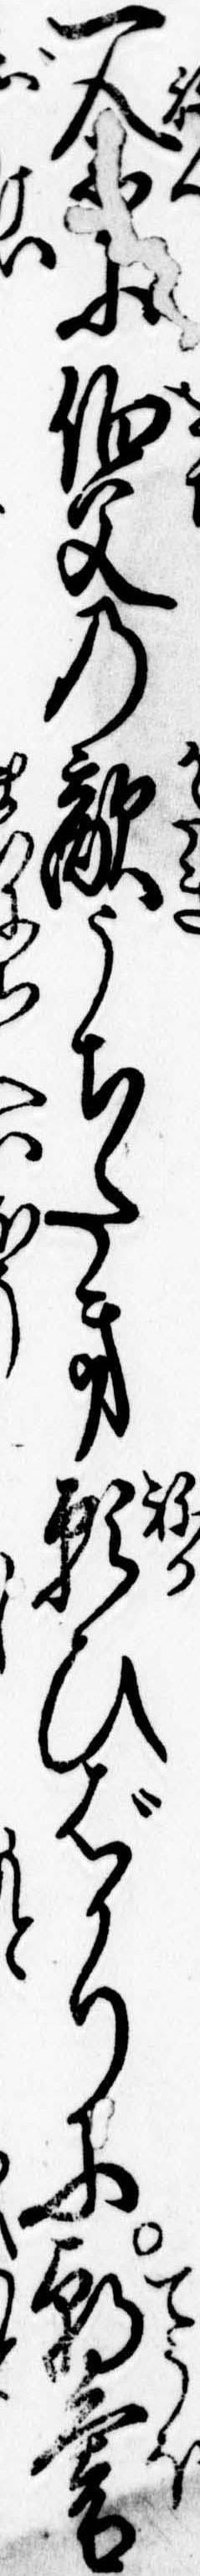
一念に伯父の敵うちたき願ひばかりに朝暮